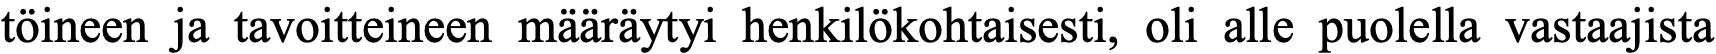
töineen ja tavoitteineen määräytyi henkilökohtaisesti, oli alle puolella vastaajista